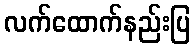
လက်ထောက်နည်းပြ